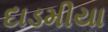
દાડમીયા